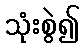
သုံးစွဲ၍